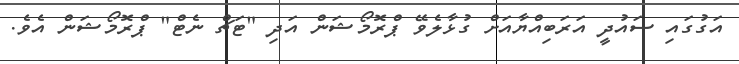
އަގުގައި ސައުދީ އަރަބިއްޔާއަށް ގުޅާލެވޭ ޕްރޮމޯޝަން އަދި "ޓަޗް ނެޓް" ޕްރޮމޯޝަން އެވެ.